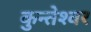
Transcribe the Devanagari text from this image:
कुन्‍तेश्‍वर